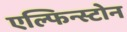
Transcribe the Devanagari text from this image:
एल्फिन्स्टोन